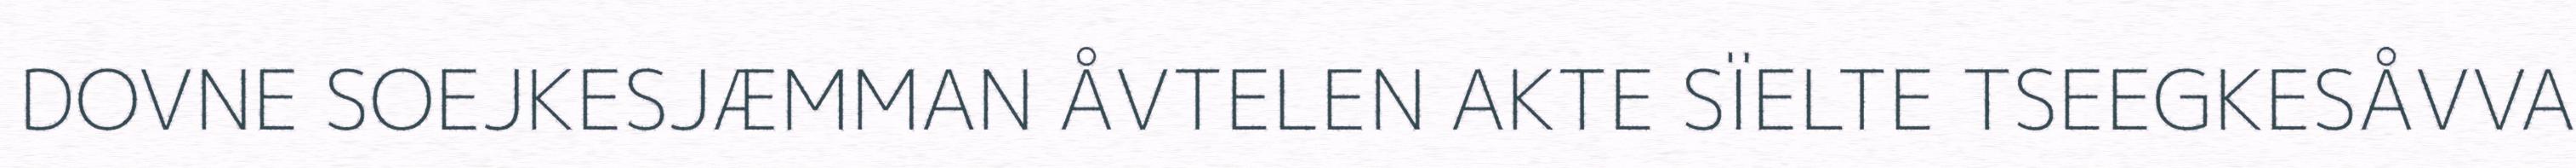
DOVNE SOEJKESJÆMMAN ÅVTELEN AKTE SÏELTE TSEEGKESÅVVA